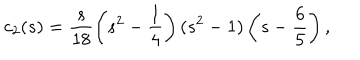
LaTeX: c _ { 2 } ( s ) = \frac { s } { 1 8 } \left( s ^ { 2 } - \frac { 1 } { 4 } \right) ( s ^ { 2 } - 1 ) \left( s - \frac { 6 } { 5 } \right) { , }